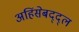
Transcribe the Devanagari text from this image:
अहिंसेबद्द्ल